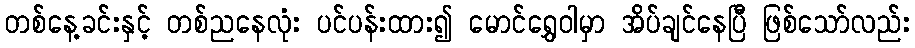
တစ်နေ့ခင်းနှင့် တစ်ညနေလုံး ပင်ပန်းထား၍ မောင်ရွှေဝါမှာ အိပ်ချင်နေပြီ ဖြစ်သော်လည်း